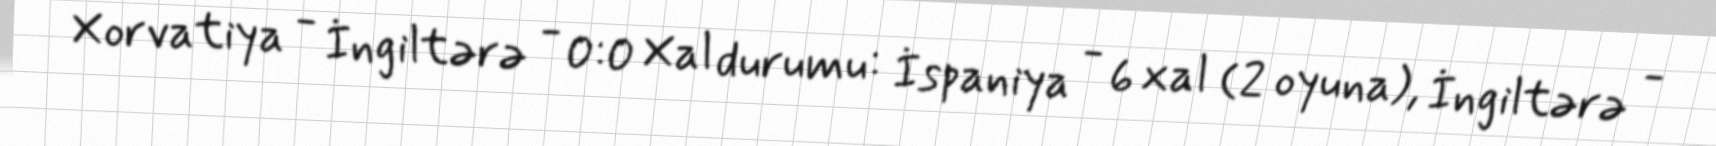
Xorvatiya - İngiltərə - 0:0 Xal durumu: İspaniya - 6 xal (2 oyuna), İngiltərə -